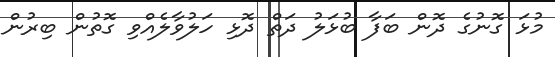
މުޅަ ގޮނުގެ ދޮން ބަފާ ބުޅަލު ދަތް ދޮޅި ހަލުވާލެއްވި ގޮތުން ބިރުން